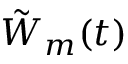
\tilde { W } _ { m } ( t )